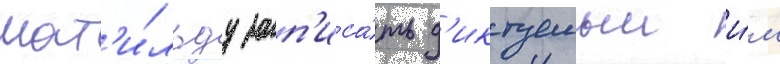
мат'и́льду зап'иса́ть д'иктуемыи и́м